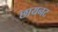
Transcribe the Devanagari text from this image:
छायनट